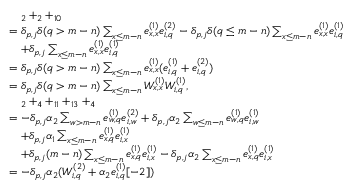
\begin{array} { r l } & { \quad _ { 2 } + _ { 2 } + _ { 1 0 } } \\ & { = \delta _ { p , j } \delta ( q > m - n ) \sum _ { x \leq m - n } e _ { x , x } ^ { ( 1 ) } e _ { i , q } ^ { ( 2 ) } - \delta _ { p , j } \delta ( q \leq m - n ) \sum _ { x \leq m - n } e _ { x , x } ^ { ( 1 ) } e _ { i , q } ^ { ( 1 ) } } \\ & { \quad + \delta _ { p , j } \sum _ { x \leq m - n } e _ { x , x } ^ { ( 1 ) } e _ { i , q } ^ { ( 1 ) } } \\ & { = \delta _ { p , j } \delta ( q > m - n ) \sum _ { x \leq m - n } e _ { x , x } ^ { ( 1 ) } ( e _ { i , q } ^ { ( 1 ) } + e _ { i , q } ^ { ( 2 ) } ) } \\ & { = \delta _ { p , j } \delta ( q > m - n ) \sum _ { x \leq m - n } W _ { x , x } ^ { ( 1 ) } W _ { i , q } ^ { ( 1 ) } , } \\ & { \quad _ { 2 } + _ { 4 } + _ { 1 1 } + _ { 1 3 } + _ { 4 } } \\ & { = - \delta _ { p , j } \alpha _ { 2 } \sum _ { w > m - n } e _ { w , q } ^ { ( 1 ) } e _ { i , w } ^ { ( 2 ) } + \delta _ { p , j } \alpha _ { 2 } \sum _ { w \leq m - n } e _ { w , q } ^ { ( 1 ) } e _ { i , w } ^ { ( 1 ) } } \\ & { \quad + \delta _ { p , j } \alpha _ { 1 } \sum _ { x \leq m - n } e _ { x , q } ^ { ( 1 ) } e _ { i , x } ^ { ( 1 ) } } \\ & { \quad + \delta _ { p , j } ( m - n ) \sum _ { x \leq m - n } e _ { x , q } ^ { ( 1 ) } e _ { i , x } ^ { ( 1 ) } - \delta _ { p , j } \alpha _ { 2 } \sum _ { x \leq m - n } e _ { x , q } ^ { ( 1 ) } e _ { i , x } ^ { ( 1 ) } } \\ & { = - \delta _ { p , j } \alpha _ { 2 } ( W _ { i , q } ^ { ( 2 ) } + \alpha _ { 2 } e _ { i , q } ^ { ( 1 ) } [ - 2 ] ) } \end{array}